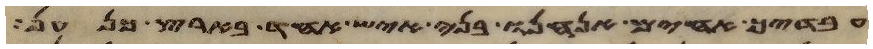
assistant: עבדיך אחים אנחנו בני איש אחד בארץ כנען